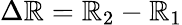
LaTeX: \Delta\mathbb{R}=\mathbb{R}_{2}-\mathbb{R}_{1}